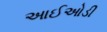
આઈઓડી